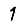
Digit: 1